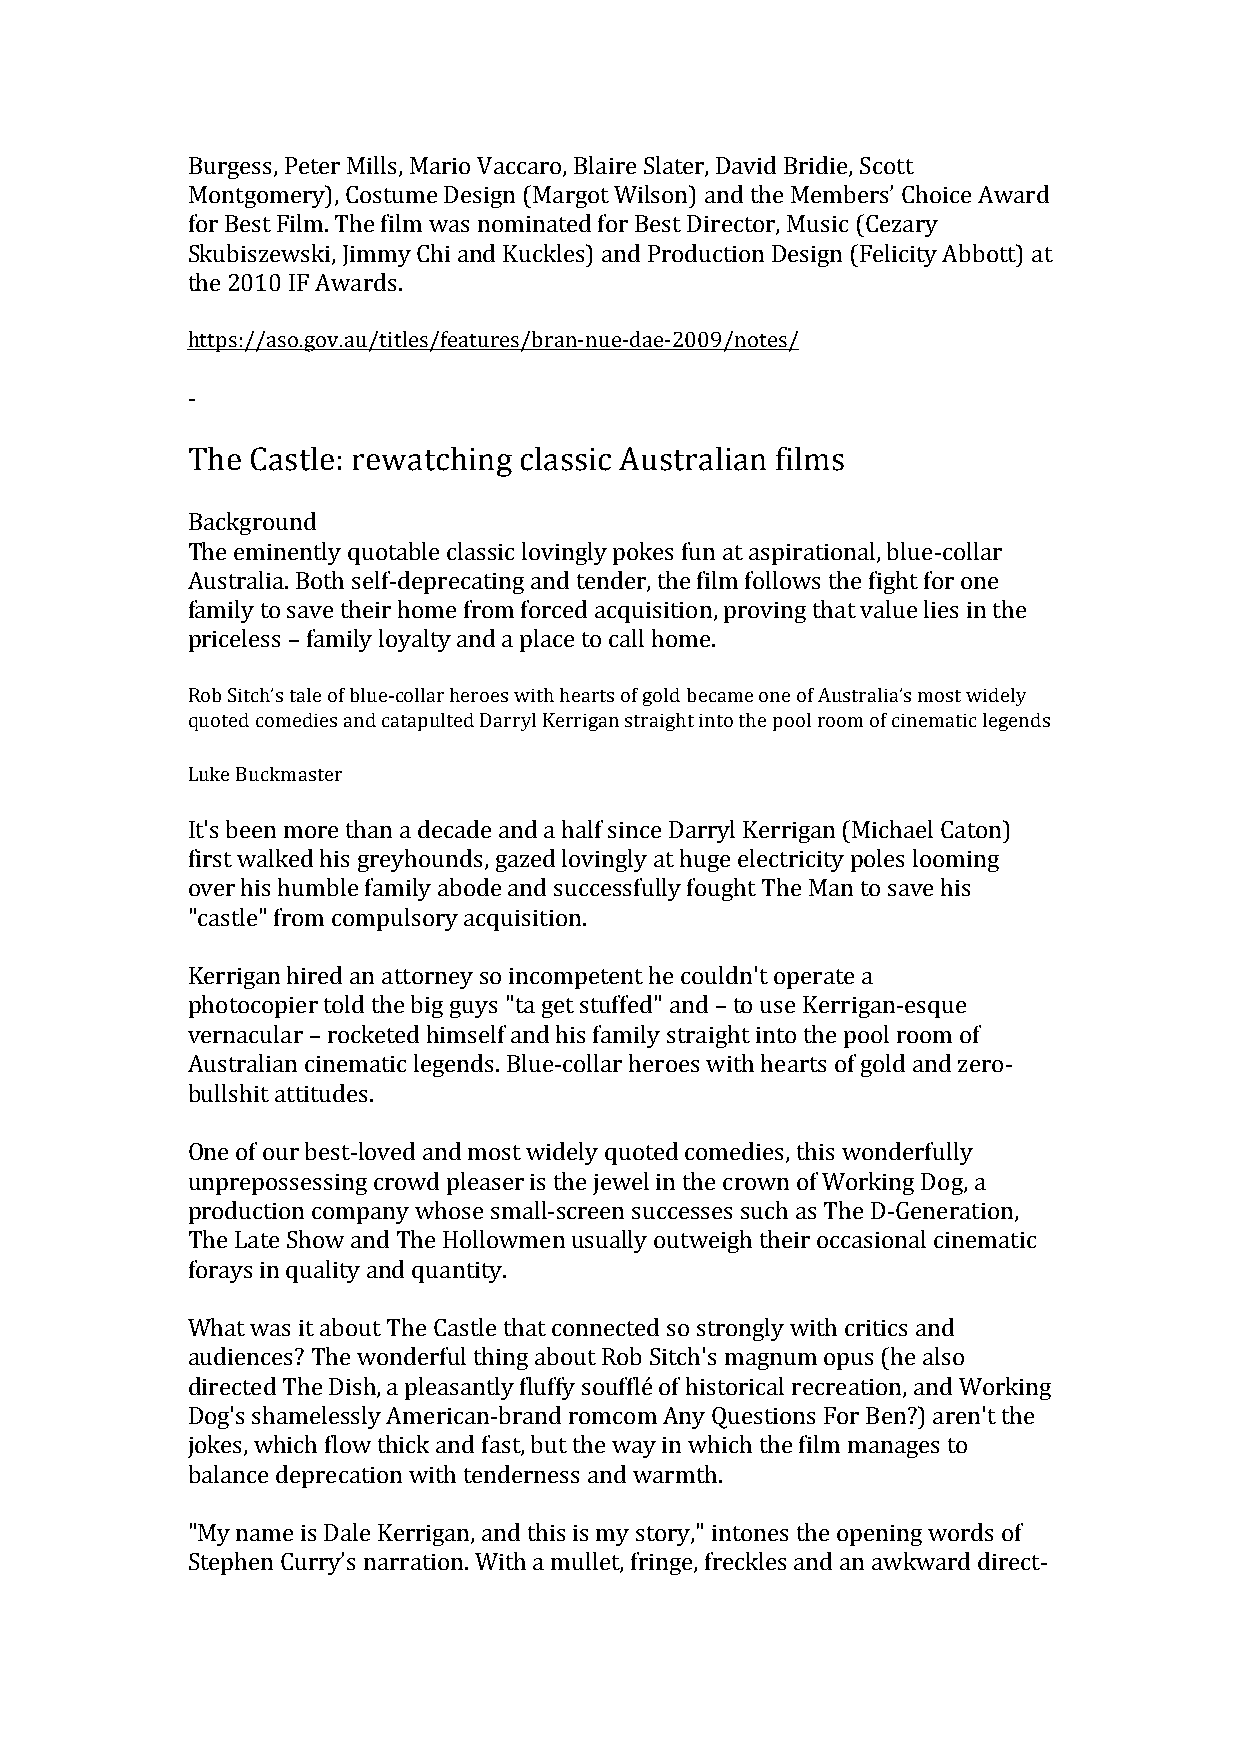
Burgess, Peter Mills, Mario Vaccaro, Blaire Slater, David Bridie, Scott
 Montgomery), Costume Design (Margot Wilson) and the Members’ Choice Award
 for Best Film. The film was nominated for Best Director, Music (Cezary
 Skubiszewski, Jimmy Chi and Kuckles) and Production Design (Felicity Abbott) at
 the 2010 IF Awards.
 https://aso.gov.au/titles/features/bran-nue-dae-2009/notes/
 -
 The  Castle: rewatching classic Australian films
 Background
 The eminently quotable classic lovingly pokes fun at aspirational, blue-collar
 Australia. Both self-deprecating and tender, the film follows the fight for one
 family to save their home from forced acquisition, proving that value lies in the
 priceless – family loyalty and a place to call home.
 Rob Sitch’s tale of blue-collar heroes with hearts of gold became one of Australia’s most widely
 quoted comedies and catapulted Darryl Kerrigan straight into the pool room of cinematic legends
 Luke Buckmaster
 It's been more than a decade and a half since Darryl Kerrigan (Michael Caton)
 first walked his greyhounds, gazed lovingly at huge electricity poles looming
 over his humble family abode and successfully fought The Man to save his
 "castle" from compulsory acquisition.
 Kerrigan hired an attorney so incompetent he couldn't operate a
 photocopier told the big guys "ta get stuffed" and – to use Kerrigan-esque
 vernacular – rocketed himself and his family straight into the pool room of
 Australian cinematic legends. Blue-collar heroes with hearts of gold and zero-
 bullshit attitudes.
 One of our best-loved and most widely quoted comedies, this wonderfully
 unprepossessing crowd pleaser is the jewel in the crown of Working Dog, a
 production company whose small-screen successes such as The D-Generation,
 The Late Show and The Hollowmen usually outweigh their occasional cinematic
 forays in quality and quantity.
 What was it about The Castle that connected so strongly with critics and
 audiences? The wonderful thing about Rob Sitch's magnum opus (he also
 directed The Dish, a pleasantly fluffy soufflé of historical recreation, and Working
 Dog's shamelessly American-brand romcom Any Questions For Ben?) aren't the
 jokes, which flow thick and fast, but the way in which the film manages to
 balance deprecation with tenderness and warmth.
 "My name is Dale Kerrigan, and this is my story," intones the opening words of
 Stephen Curry’s narration. With a mullet, fringe, freckles and an awkward direct-